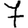
Digit: 7